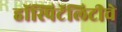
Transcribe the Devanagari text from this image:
हॉस्पिटॅलिटीचे